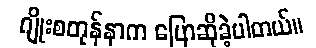
ဂျိုးစတုန်နာက ပြောဆိုခဲ့ပါတယ်။